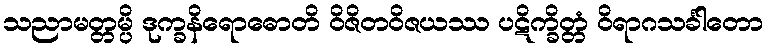
သညာမတ္တမ္ပိ ဒုက္ခနိရောဓောတိ ဝိဇိတဝိဇယဿ ပဋိက္ခိတ္တံ ဝိရာဂသင်္ခါတော